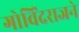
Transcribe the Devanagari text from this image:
गोविंदराजने